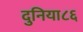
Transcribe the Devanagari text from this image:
दुनिया८६